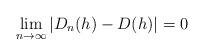
LaTeX: \begin{align*}\lim_{n \rightarrow \infty} |D_{n}(h)-D(h)|=0 \end{align*}